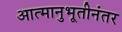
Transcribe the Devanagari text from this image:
आत्मानुभूतीनंतर